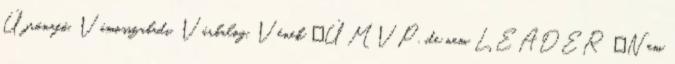
Újrónafő, Vámosszabadi, Várbalog, Vének ▪ÚMVP, de nem LEADER ▪Nem